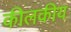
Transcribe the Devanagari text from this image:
कीलकीय